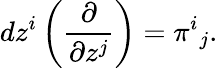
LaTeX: dz^{i}\left(\frac{\partial}{\partial z^{j}}\right)=\pi^{i}{}_{j}.